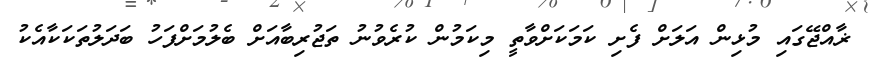
ޜާއްޖޭގައި މުޅިން އަލަށް ފެށި ކަމަކަށްވާތީ މިކަމުން ކުރެވުނު ތަޖުރިބާއަށް ބެލުމަށްފަހު ބަދަލުތަކަކާއެކު